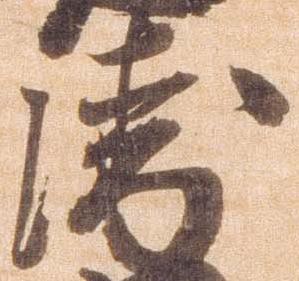
衛